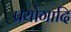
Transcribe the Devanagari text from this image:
प्रयोगादि